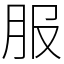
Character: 服